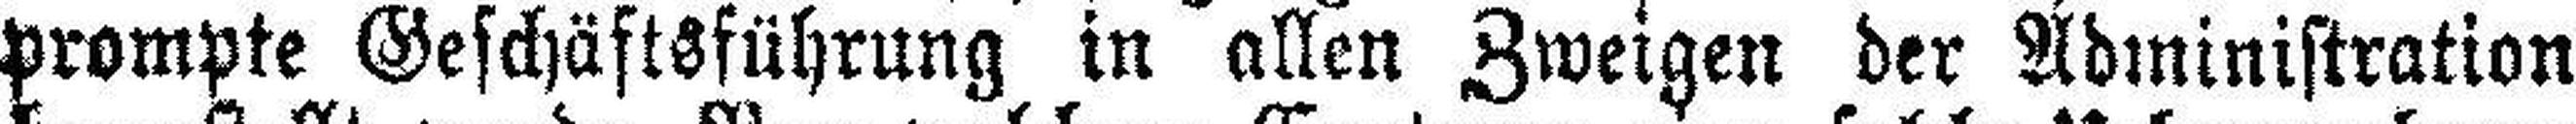
prompte Geschäftsführung in allen Zweigen der Administration